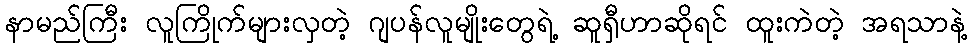
နာမည်ကြီး လူကြိုက်များလှတဲ့ ဂျပန်လူမျိုးတွေရဲ့ ဆူရှီဟာဆိုရင် ထူးကဲတဲ့ အရသာနဲ့